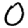
Digit: 0